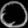
Digit: ၀